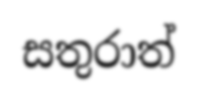
සතුරාත්